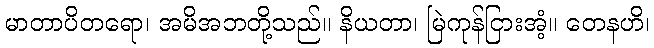
မာတာပိတရော၊ အမိအဘတို့သည်။ နိယတာ၊ မြဲကုန်ငြားအံ့။ တေနဟိ၊